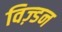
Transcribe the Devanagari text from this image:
विज़्डन